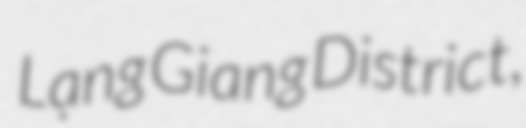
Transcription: Lạng Giang District,